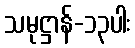
သမုဋ္ဌာန်-၁၃ပါး